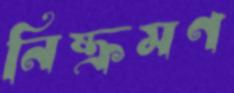
নিষ্ক্রমণ